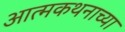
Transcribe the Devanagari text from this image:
आत्मकथनाच्या